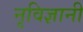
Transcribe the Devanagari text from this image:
नृविज्ञानी